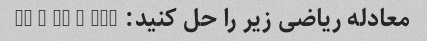
معادله ریاضی زیر را حل کنید: 8x + 9y = 180